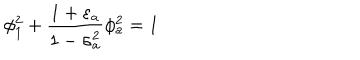
LaTeX: \phi _ { 1 } ^ { 2 } + \frac { 1 + \varepsilon _ { a } } { 1 - \sigma _ { a } ^ { 2 } } \phi _ { a } ^ { 2 } = 1